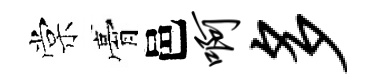
棠膏邑啊多